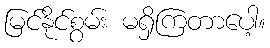
မြင်နိုင်စွမ်း မရှိကြတာပေါ့။